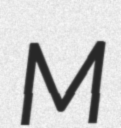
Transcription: M